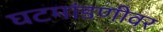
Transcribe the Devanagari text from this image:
घटमांडणीवर